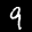
Label: 9